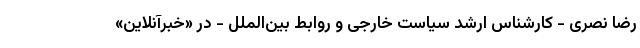
رضا نصری - کارشناس ارشد سیاست خارجی و روابط بین‌الملل - در «خبرآنلاین»